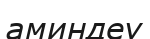
аминдеу